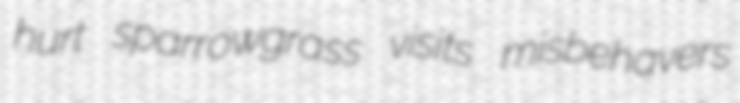
hurt sparrowgrass visits misbehavers